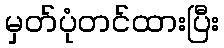
မှတ်ပုံတင်ထားပြီး